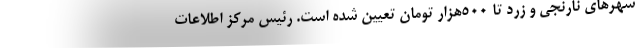
شهرهای نارنجی و زرد تا ۵۰۰هزار تومان تعیین شده است. رئیس مرکز اطلاعات